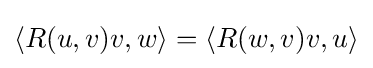
\langle R(u,v)v,w\rangle =\langle R(w,v)v,u\rangle